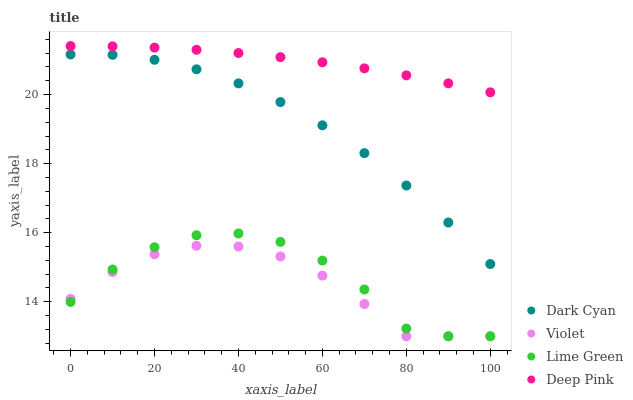
| xaxis_label | Dark Cyan | Violet | Lime Green | Deep Pink |
 | --- | --- | --- | --- | --- |
 | 0 | 21.2 | 14.1 | 14 | 21.4 |
 | 10 | 21.2 | 14.9 | 14.9 | 21.4 |
 | 20 | 21 | 15.4 | 15.6 | 21.4 |
 | 30 | 20.7 | 15.6 | 15.9 | 21.3 |
 | 40 | 20.3 | 15.6 | 16 | 21.2 |
 | 50 | 19.8 | 15.3 | 15.7 | 21.1 |
 | 60 | 19.1 | 14.8 | 15.2 | 20.9 |
 | 70 | 18.3 | 13.9 | 14.4 | 20.8 |
 | 80 | 17.4 | 13 | 13.2 | 20.6 |
 | 90 | 16.3 | 13 | 13 | 20.3 |
 | 100 | 15.1 | 13 | 13 | 20.1 |